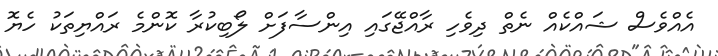
އެއްވެސް ޝައްކެއް ނެތް ދިވެހި ރާއްޖޭގައި އިންސާފަށް ލޯބިކުރާ ކޮންމެ ރައްޔިތަކު ހެޔޮ